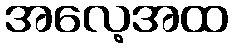
အလေ့အထ